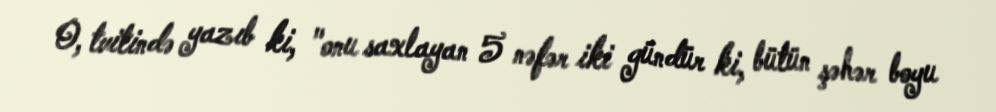
O, tvitində yazıb ki, "onu saxlayan 5 nəfər iki gündür ki, bütün şəhər boyu